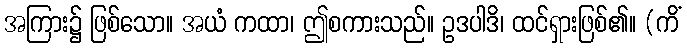
အကြား၌ ဖြစ်သော။ အယံ ကထာ၊ ဤစကားသည်။ ဥဒပါဒိ၊ ထင်ရှားဖြစ်၏။ (ကိံ